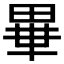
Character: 𤲃